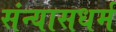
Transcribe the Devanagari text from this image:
संन्यासधर्म